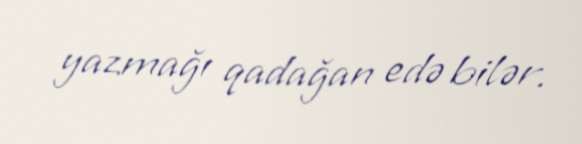
yazmağı qadağan edə bilər.